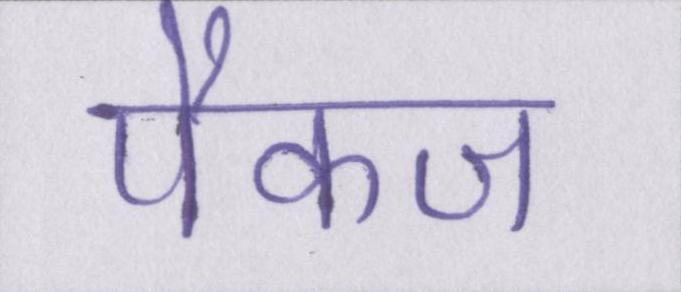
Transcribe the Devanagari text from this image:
पैकज